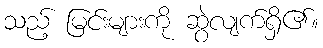
သည့် မြင်းများကို ဆွဲလျက်ရှိ၏။